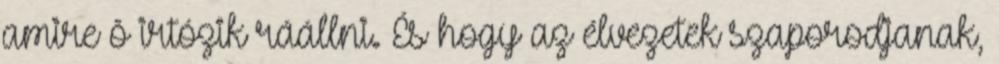
amire õ irtózik ráállni. És hogy az élvezetek szaporodjanak,